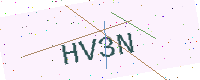
Text: HV3N